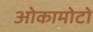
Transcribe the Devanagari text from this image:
ओकामोटो